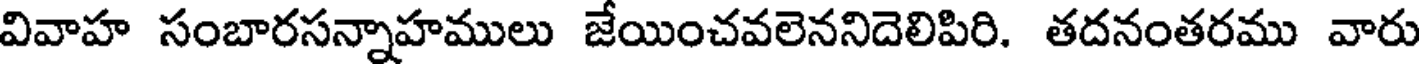
వివాహ సంబారసన్నాహములు జేయించవలెననిదెలిపిరి. తదనంతరము వారు